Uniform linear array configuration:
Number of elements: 64
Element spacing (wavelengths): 0.75
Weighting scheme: exponential
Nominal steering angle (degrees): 30
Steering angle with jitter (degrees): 28.509
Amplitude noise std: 0.05
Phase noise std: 0.05

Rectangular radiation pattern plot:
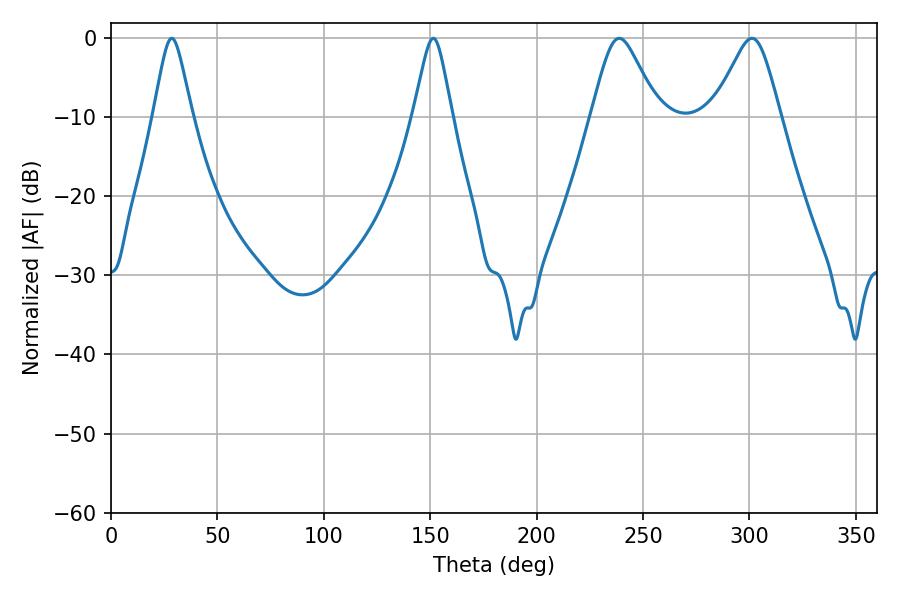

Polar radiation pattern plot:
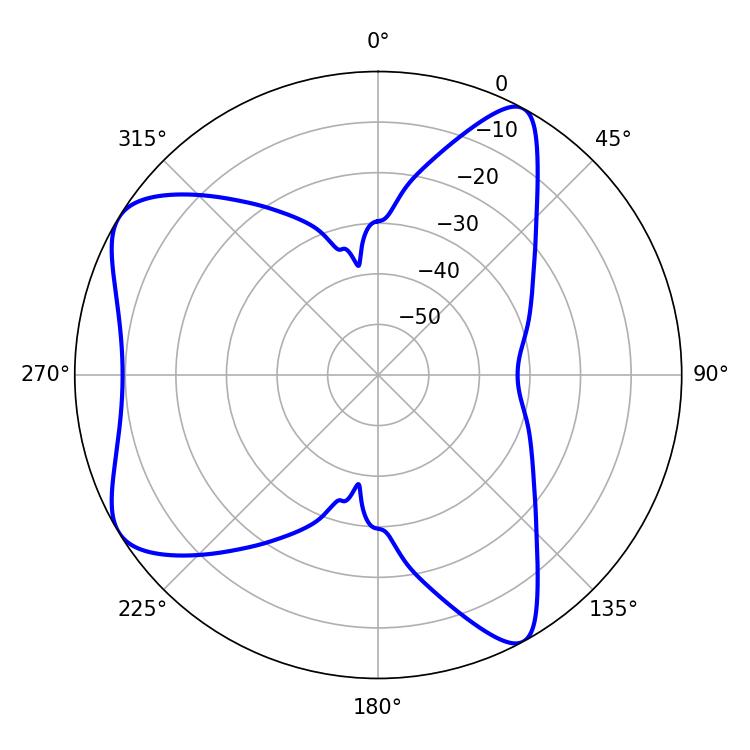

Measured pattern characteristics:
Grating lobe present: TRUE
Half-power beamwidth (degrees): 15.12
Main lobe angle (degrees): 238.86